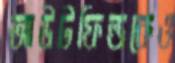
আউটফিল্ডকেও